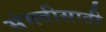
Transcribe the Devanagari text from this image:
संमतीसाठी